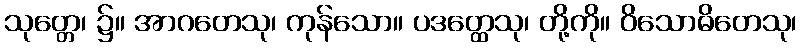
သုတ္တေ၊ ၌။ အာဂတေသု၊ ကုန်သော။ ပဒတ္ထေသု၊ တို့ကို။ ဝိသောဓိတေသု၊